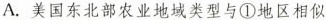
A.美国东北部农业地域类型与①地区相似